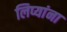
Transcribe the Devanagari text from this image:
लिप्यांना